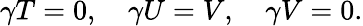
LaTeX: \gamma T=0,\quad\gamma U=V,\quad\gamma V=0.